Investigations into the jail dietaries of the United Provinces with some observations on the influence of dietary on the physical development and well-being of the people of the United Provinces - Number 48
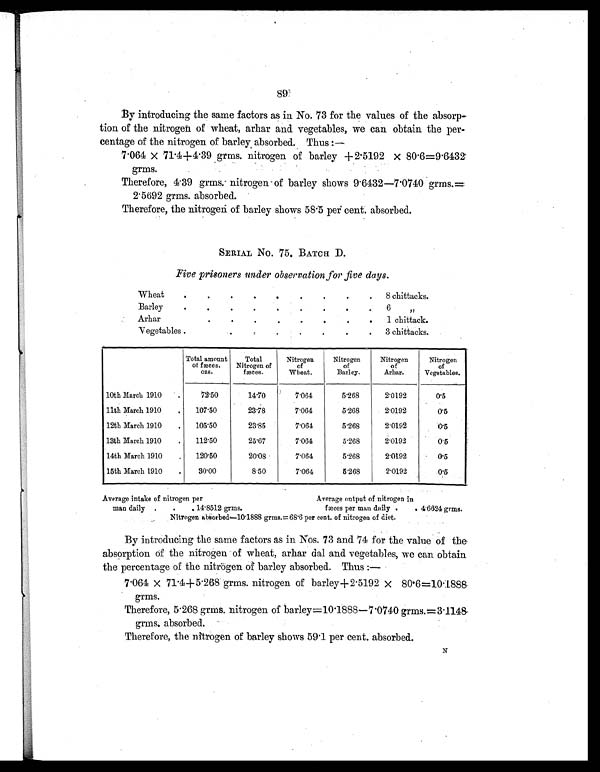
89
By introducing the same factors as in No. 73 for the values of the absorp-
tion of the nitrogen of wheat, arhar and. vegetables, we can obtain the per-
centage of the nitrogen of barley absorbed. Thus:—
7.064 × 71.4+4.39 grms. nitrogen of barley +2.5192 × 80.6=9.6432
grms.
Therefore, 4.39 grms. nitrogen of barley shows 9.6432—7.0740 grms.=
2.5692 grms. absorbed.
Therefore, the nitrogen of barley shows 58.5 per cent. absorbed.
SERIAL NO. 75. BATCH D.
Five prisoners under observation for five days.
Wheat
.
.
.
.
.
.
.
.
. 8 chittacks.
Barley
.
.
.
.
.
.
.
.
.
6 „
Arhar
.
.
.
.
.
.
.
.
1 chittack.
Vegetables.
.
.
.
.
.
.
. 3 chittacks.
Total amount
of fæces.
o z s .
Total
Nitrogen of
fæces.
Nitrogen
of
Wheat.
Nitrogen
of
Barley.
Nitrogen
of
Arhar.
Nitrogen
of
Vegetables.
10th March 1910
.
72.50
14.70
7.064
5.268
2.0192
0.5
11th March 1910
.
107.50
23.78
7.064
5.268
2.0192
0.5
12th March 1910
.
105.50
23.85
7.064
5.268
2.0192
0 . 5
13th March 1910
.
112.50
25.67
7.064
5.268
2.0192
0.5
14th March 1910
.
120.50
20.08
7.064
5.268
2.0192
0.5
15th March 1910
.
30.00
8.50
7.064
5.268
2.0192
0 . 5
Average intake of nitrogen per
Average output of nitrogen in
man daily
.
.
. 1 4 . 8 5 1 2 g r ms .
fæces per man daily .
. 4.6624 grms.
Nitrogen absorbed—10.1888 grms.=68.6 per cent. of nitrogen of diet.
By introducing the same factors as in Nos. 73 and 74 for the value of the
absorption of the nitrogen of wheat, arhar dal and vegetables, we can obtain
the percentage of the nitrogen of barley absorbed. Thus:—
7.064 × 71.4+5.268 grms. nitrogen of barley+2.5192 × 80.6=10.1888
grms.
Therefore, 5.268 grms. nitrogen of barley =10.1888—7.0740 grms.=3.1148
grms. absorbed.
Therefore, the nitrogen of barley shows 59.1 per cent. absorbed.
N